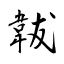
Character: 韍